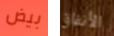
بيض الأنفاق